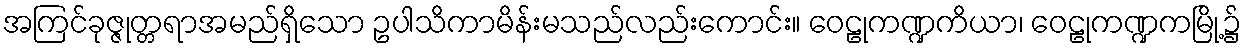
အကြင်ခုဇ္ဇုတ္တရာအမည်ရှိသော ဥပါသိကာမိန်းမသည်လည်းကောင်း။ ဝေဠုကဏ္ဍကိယာ၊ ဝေဠုကဏ္ဍကမြို့၌